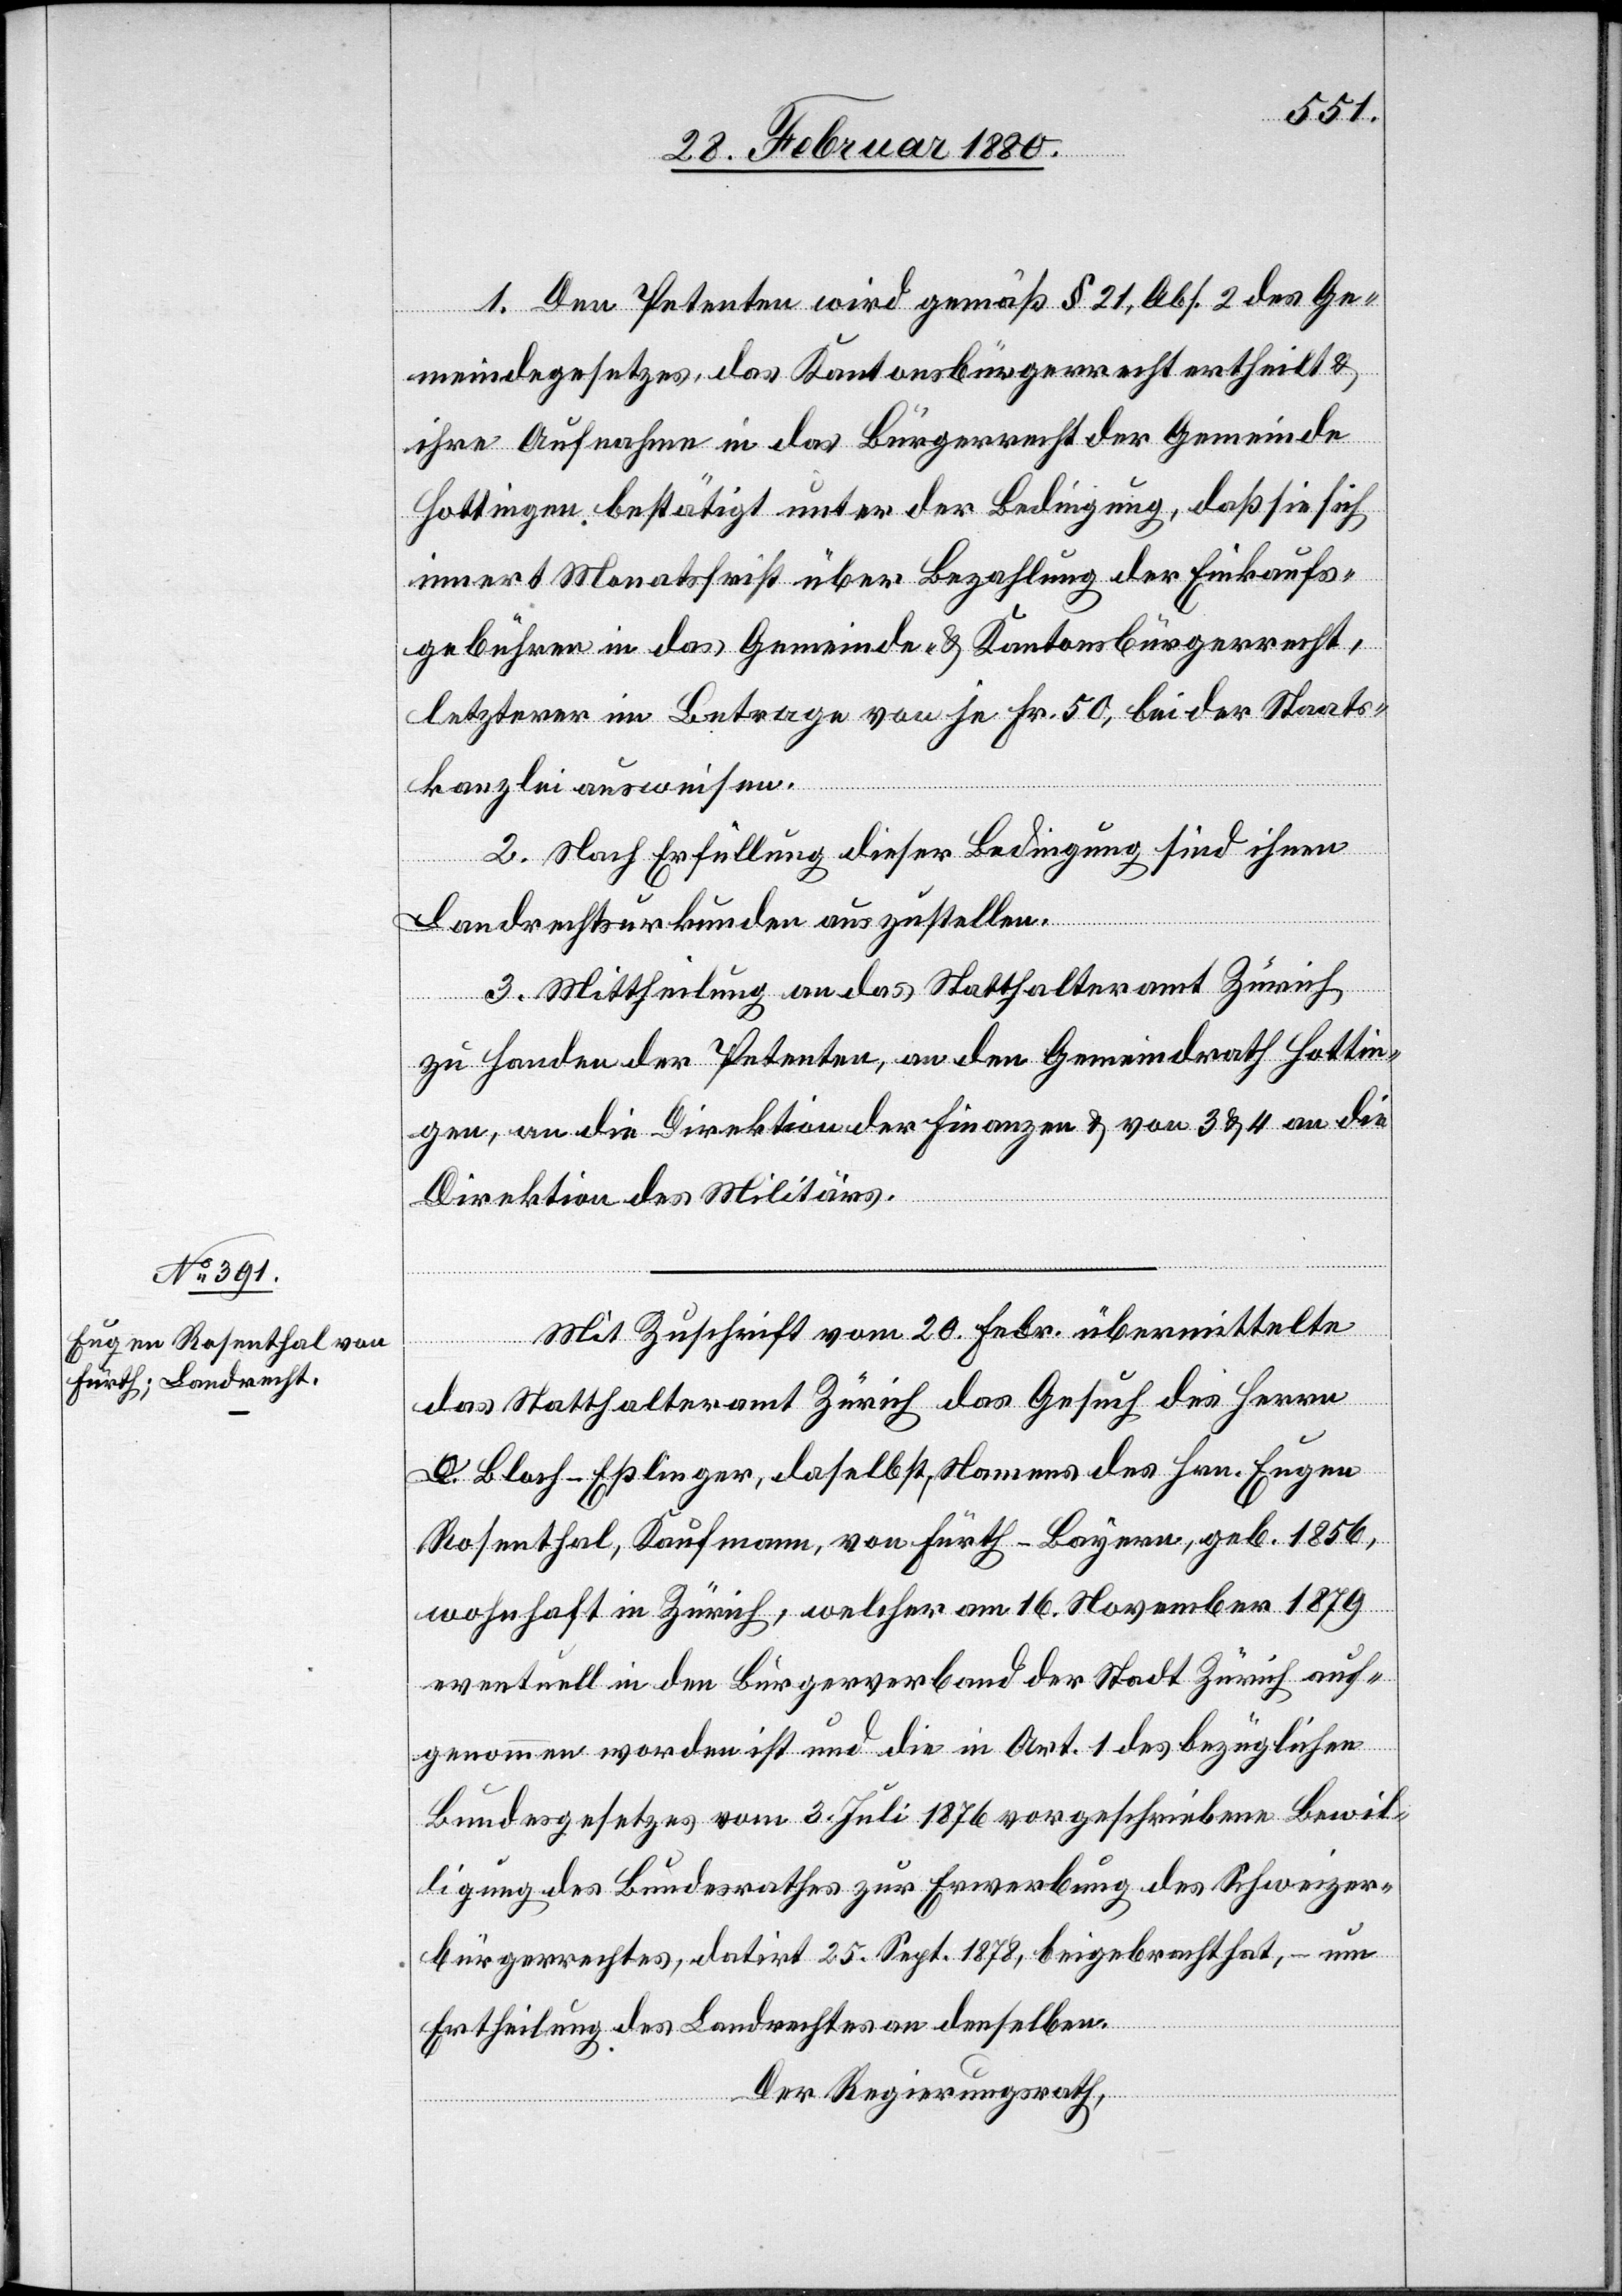
1. Den Petenten wird gemäß § 21, Abs. 2 des Ge¬
meindegesetzes das Kantonsbürgerrecht ertheilt &
ihre Aufnahme in das Bürgerrecht der Gemeinde
Hottingen bestätigt unter der Bedingung, daß sie sich
innert Monatsfrist über Bezahlung der Einkaufs¬
gebühren in das Gemeinde- & Kantonsbürgerrecht,
letzterer im Betrage von je Fr. 50, bei der Staats¬
kanzlei ausweisen.
2. Nach Erfüllung dieser Bedingung sind ihnen
Landrechtsurkunden auszustellen.
3. Mittheilung an das Statthalteramt Zürich,
zu Handen der Petenten, an den Gemeindrath Hottin¬
gen, an die Direktion der Finanzen & von 3 & 4 an die
Direktion des Militärs.
Mit Zuschrift vom 20. Febr. übermittelte
das Statthalteramt Zürich das Gesuch des Herrn
Bloch-Eßlinger, daselbst, Namens des Hrn. Eugen
Rosenthal, Kaufmann, von Fürth-Bayern, geb. 1856,
wohnhaft in Zürich, welcher am 16. November 1879
eventuell in den Bürgerverband der Stadt Zürich auf¬
genommen worden ist und die in Art. 1 des bezüglichen
Bundesgesetzes vom 3. Juli 1876 vorgeschriebene Bewil¬
ligung des Bundesrathes zur Erwerbung des Schweizer¬
bürgerrechtes, datirt 25. Sept. 1878, beigebracht hat, – um
Ertheilung des Landrechtes an denselben.
Der Regierungsrath,